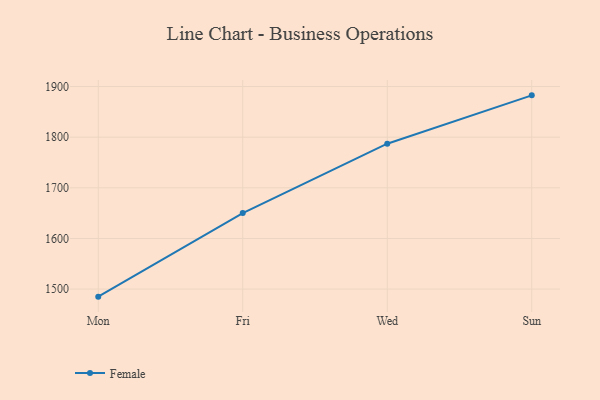
{"axis": {"x": "Day", "y": "LTV (USD)"}, "legend": ["Female"], "data": [{"x": "Mon", "y": 1485.1, "type": "Female"}, {"x": "Fri", "y": 1650.1, "type": "Female"}, {"x": "Wed", "y": 1787.1, "type": "Female"}, {"x": "Sun", "y": 1882.6, "type": "Female"}]}